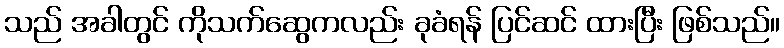
သည် အခါတွင် ကိုသက်ဆွေကလည်း ခုခံရန် ပြင်ဆင် ထားပြီး ဖြစ်သည်။